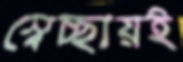
স্বেচ্ছায়ই